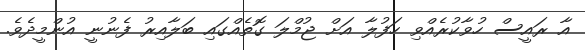
އާ ރައީސް ހުވާކުރެއްވި ހަފުލާ އަށް ޖުމްލަ ގޮތެއްގައި ބަލާއިރު ފެނުނީ އުންމީދެވެ.